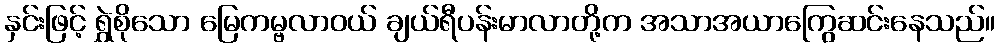
နှင်းဖြင့် ရွှဲစိုသော မြေကမ္ဗလာဝယ် ချယ်ရီပန်းမာလာတို့က အသာအယာကြွေဆင်းနေသည်။